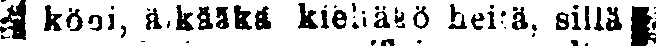
# köni, älkääkä kieltäkö heitä, sillä #